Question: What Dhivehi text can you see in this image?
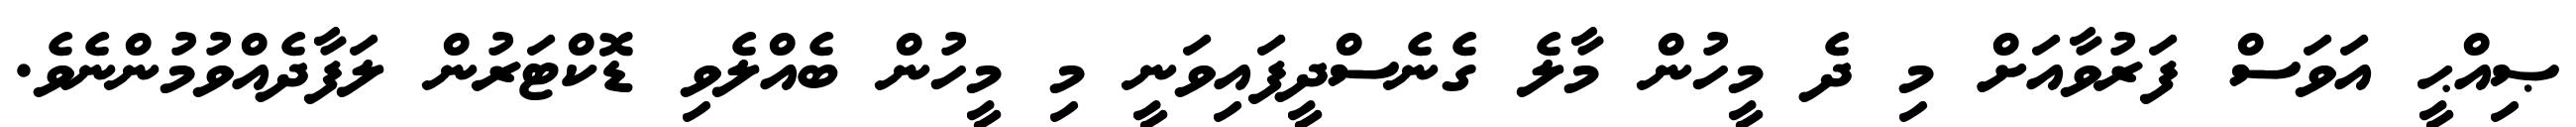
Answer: ޞިއްޙީ އަވަސް ފަރުވާއަށް މި ދެ މީހުން މާލެ ގެނެސްދީފައިވަނީ މި މީހުން ބެއްލެވި ޑޮކްޓަރުން ލަފާދެއްވުމުންނެވެ.